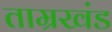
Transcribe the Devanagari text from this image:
ताम्रखंड